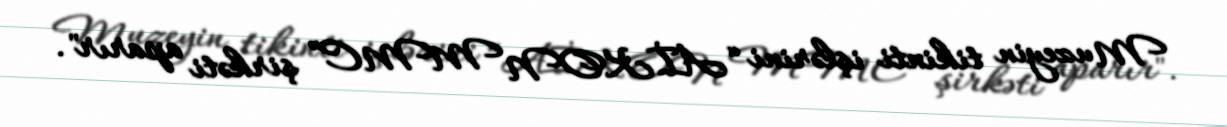
Muzeyin tikinti işlərini “AİKON MMC” şirkəti aparır".